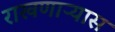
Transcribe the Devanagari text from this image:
राखणाऱ्यास